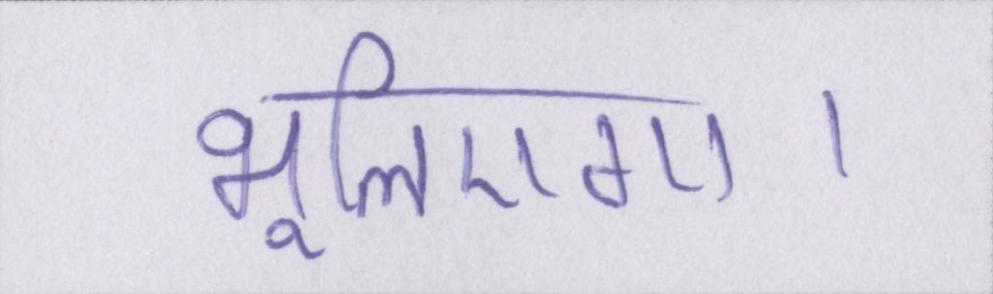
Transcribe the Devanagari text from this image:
भूलिएगा।